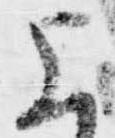
上